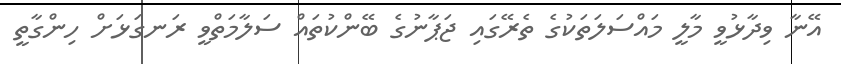
އޭނާ ވިދާޅުވީ މާލީ މައްސަލަތަކުގެ ތެރޭގައި ޖަޕާނުގެ ބޭންކުތައް ސަލާމަތްވީ ރަނގަޅަށް ހިންގާތީ